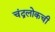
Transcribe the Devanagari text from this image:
चंद्रलोकची